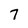
Character: 7